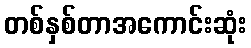
တစ်နှစ်တာအကောင်းဆုံး